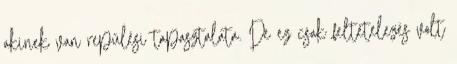
akinek van repülési tapasztalata. De ez csak feltételezés volt